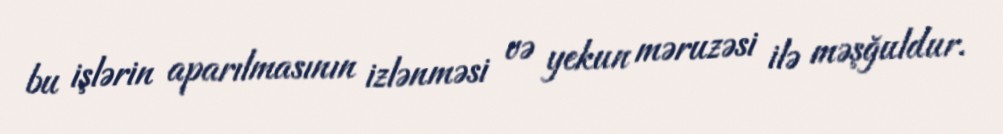
bu işlərin aparılmasının izlənməsi və yekun məruzəsi ilə məşğuldur.